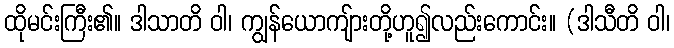
ထိုမင်းကြီး၏။ ဒါသာတိ ဝါ၊ ကျွန်ယောကျ်ားတို့ဟူ၍လည်းကောင်း။ (ဒါသီတိ ဝါ၊